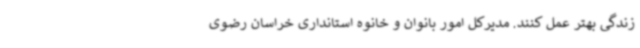
زندگی بهتر عمل کنند. مدیرکل امور بانوان و خانوه استانداری خراسان رضوی